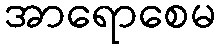
အာရောစေမ